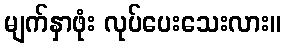
မျက်နှာဖုံး လုပ်ပေးသေးလား။